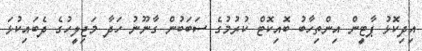
އިދިކޮޅު ޕާޓީން އިންތިހާބު ބޮއިކޮޓް ކުރުމުގެ ސަބަބުން ގާނޫނު ހަދާ މަޖިލީހުގެ ދެބައިކުޅަ